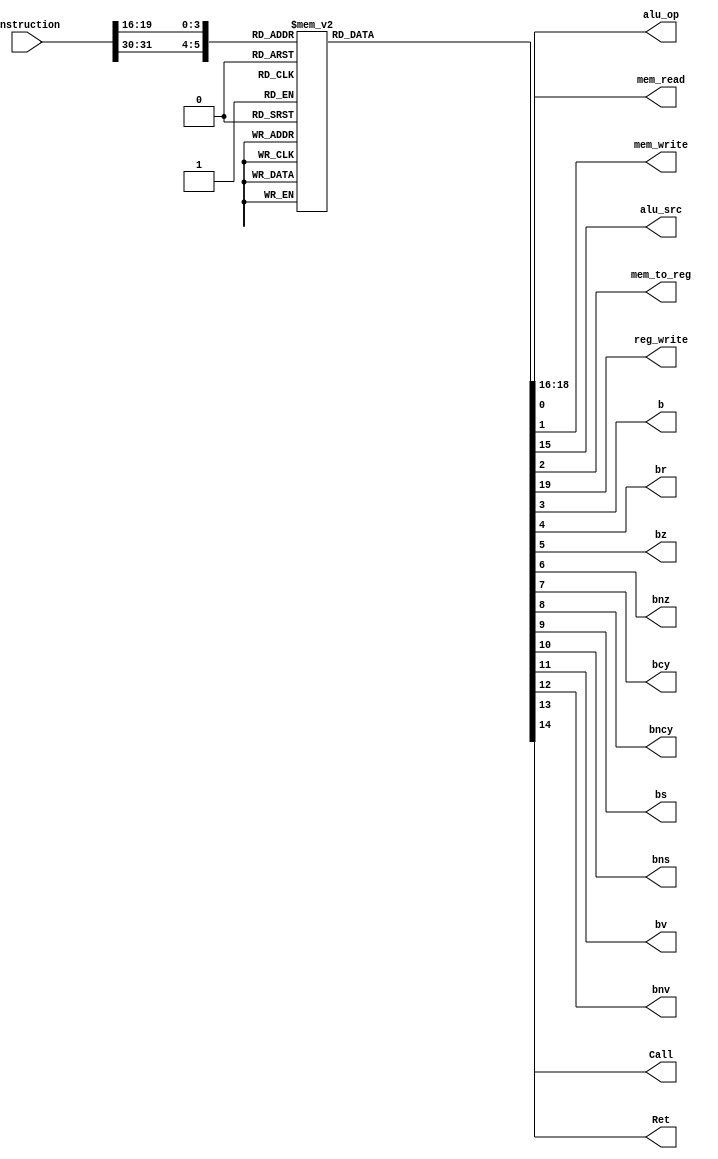
`timescale 1ns / 1ps
//////////////////////////////////////////////////////////////////////////////////
// Company: 
// Engineer: 
// 
// Create Date:    
// Design Name: 
// Module Name:    ControlUnit 
// Project Name: 
// Target Devices: 
// Tool versions: 
// Description: 
//
// Dependencies: 
//
// Revision: 
// Revision 0.01 - File Created
// Additional Comments: 
//
//////////////////////////////////////////////////////////////////////////////////

`define aluAdd 6'b000000
`define aluAddi 6'b000001
`define aluComp 6'b000010
`define aluCompi 6'b000011

`define logAnd 6'b000100
`define logXor 6'b000101

`define SHLL 6'b000110
`define SHRL 6'b000111
`define SHLLV 6'b001000

`define SHRLV 6'b001001
`define SHRA 6'b001010
`define SHRAV 6'b001011

`define LW 6'b010000
`define SW 6'b100000

`define b 6'b110000
`define br 6'b110001
`define bz 6'b110010
`define bnz 6'b110011

`define bcy 6'b110100
`define bncy 6'b110101
`define bs 6'b110110
`define bns 6'b110111

`define bv 6'b111000
`define bnv 6'b111001
`define Call 6'b111010
`define Ret 6'b111011

`define Add 3'b000
`define Comp 3'b001
`define Xor 3'b011
`define And 3'b010
`define None 3'b111

module ControlUnit(
      input[31:0] instruction,
      output reg[2:0] alu_op,
      output reg mem_read,mem_write,alu_src,mem_to_reg,reg_write,
			b,br,bz,bnz,bcy,bncy,bs,bns,bv,bnv,Call,Ret);
			
	always @(instruction)
	begin
	 mem_read=0;mem_write=0;alu_src=0;mem_to_reg=0;reg_write=0;b=0;br=0;bz=0;bnz=0;bcy=0;bncy=0;bs=0;bns=0;bv=0;bnv=0;Call=0;Ret=0;
	 alu_op = `None;
	 case({instruction[31:30], instruction[19:16]})
		`SHLL:
				begin
					alu_src=1'b1;
					alu_op = 3'b100;
					reg_write = 1'b1;
				end
		`SHRL:
				begin
					alu_src=1'b1;
					alu_op = 3'b101;
					reg_write = 1'b1;
				end
		`SHLLV:
				begin
				   alu_src=1'b0;
					alu_op = 3'b100;
					reg_write = 1'b1;
				end

		`SHRLV:
				begin
				   alu_src=1'b0;
					alu_op = 3'b101;
					reg_write = 1'b1;
				end
		`SHRA:
				begin
					alu_src=1'b1;
					alu_op = 3'b110;
					reg_write = 1'b1;
				end
		`SHRAV:
				begin
					alu_op = 3'b110;
					alu_src=1'b0;
					reg_write = 1'b1;
				end

		`LW:  
					begin
						 alu_src = 1;
						 mem_to_reg = 1;
						 mem_read = 1;  
						 alu_op = `Add;  
					end
		`SW:  
					begin
						 alu_src = 1;
						 mem_write = 1;
						 alu_op = `Add;  
					end
		
		`aluAdd:  
					begin
						 reg_write = 1'b1;
						 alu_src=1'b0;
						 alu_op = `Add;
					end
		`aluAddi:  
					begin
						 alu_src = 1;
						 reg_write = 1'b1;
						 alu_op = `Add;
					end
		`aluComp:  
					begin
						 reg_write = 1'b1;
						 alu_src=1'b0;
						 alu_op = `Comp;  
					end
		`aluCompi: 
					begin
						 alu_src = 1'b1;
						 reg_write = 1'b1;
						 alu_op = `Comp;
					end
		
		`logAnd:  
					begin
						 reg_write = 1'b1;
						 alu_src=1'b0;
						 alu_op = `And;   
					end
		`logXor:  
					begin
						 reg_write = 1'b1;
						 alu_src=1'b0;
						 alu_op = `Xor;   
					end
		 
		`b:
			begin
				b=1'b1;
				alu_src=1'b1;
			end
		`br:
			begin
				br=1'b1;
				alu_src=1'b1;
				alu_op=`Add;
			end
		`bz:
			begin
				bz=1'b1;
				alu_src=1'b1;
			end
		`bnz:
			begin
				bnz=1'b1;
				alu_src=1'b1;
			end
		`bcy:
			begin
				bcy=1'b1;
				alu_src=1'b1;
			end
		`bncy:
			begin
				bncy=1'b1;
				alu_src=1'b1;
			end
		`bs:
			begin
				bs=1'b1;
				alu_src=1'b1;
			end
		`bns:
			begin
				bns=1'b1;
				alu_src=1'b1;
			end
		`bv:
			begin
				bv=1'b1;
				alu_src=1'b1;
			end
		`bnv:
			begin
				bnv=1'b1;
				alu_src=1'b1;
			end
		`Call:
			begin
				Call=1'b1;
				alu_op=`Add;
			end
		`Ret:
			begin
				Ret=1'b1;
				alu_op=`Add;
			end
			default: 
				begin
					mem_read=0;mem_write=0;alu_src=0;mem_to_reg=0;reg_write=0;b=0;br=0;bz=0;bnz=0;bcy=0;bncy=0;bs=0;bns=0;bv=0;bnv=0;Call=0;Ret=0;
			   end
		endcase
	end
endmodule